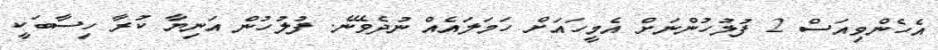
އެހެންވިއަސް 2 ފުލުހުންނަށް އެމީހައަށް ހަމަލައެއް ނުދެވޭނެ. ފުލުހުން އަނިޔާ ކުރާ ހިސާބަކީ